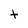
Character: t